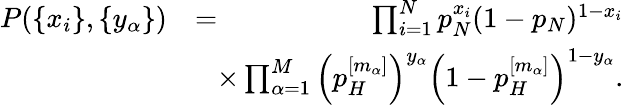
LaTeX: \begin{array}{rlr}{P(\{ x_{i}\} ,\{ y_{\alpha}\} )}&{=}&{\prod_{i=1}^{N}p_{N}^{x_{i}}(1-p_{N})^{1-x_{i}}}\\ &{}&{\! \! \! \! \! \! \times\prod_{\alpha=1}^{M}\Big(p_{H}^{[m_{\alpha}]}\Big)^{y_{\alpha}}\Big(1-p_{H}^{[m_{\alpha}]}\Big)^{1-y_{\alpha}}.}\end{array}